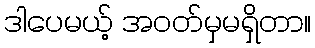
ဒါပေမယ့် အဝတ်မှမရှိတာ။